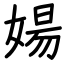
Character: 婸